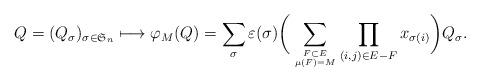
LaTeX: \begin{align*}Q=(Q_\sigma)_{\sigma\in \mathfrak{S}_n} \longmapsto\varphi_M(Q)=\sum_{\sigma}\varepsilon(\sigma)\bigg(\sum_{F\subset E\atop\mu(F)=M} \prod_{(i,j)\in E-F} x_{\sigma(i)}\bigg)Q_\sigma.\end{align*}